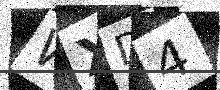
Text: WXD4